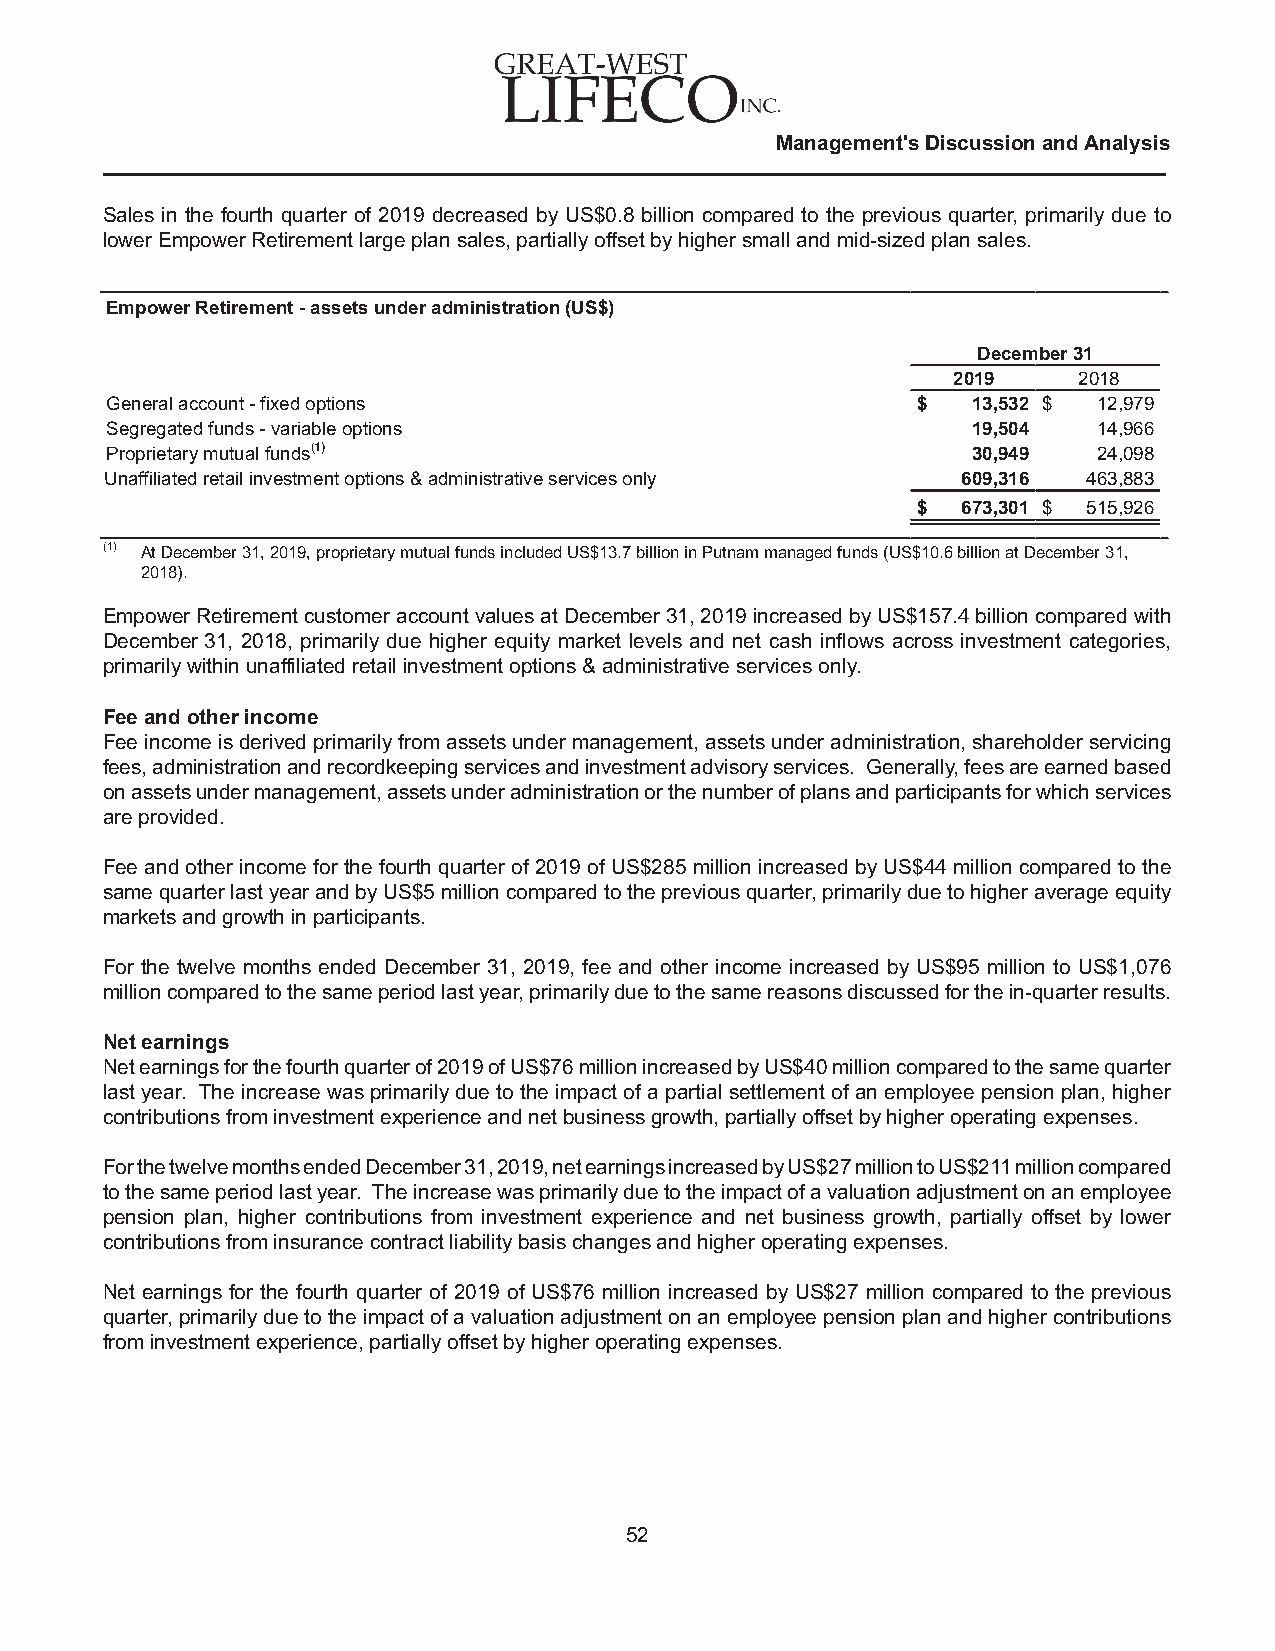
Management's Discussion and Analysis
 Sales in the fourth quarter of 2019 decreased by US$0.8 billion compared to the previous quarter, primarily due to
 lower Empower Retirement large plan sales, partially offset by higher small and mid-sized plan sales.
 Empower Retirement - assets under administration (US$)
 December 31
 2019    2018
 General account - fixed options                       $  13,532 $ 12,979
 Segregated funds - variable options                      19,504   14,966
 Proprietary mutual funds(1)                              30,949   24,098
 Unaffiliated retail investment options & administrative services only 609,316 463,883
 $  673,301 $ 515,926
 (1) At December 31, 2019, proprietary mutual funds included US$13.7 billion in Putnam managed funds (US$10.6 billion at December 31,
 2018).
 Empower Retirement customer account values at December 31, 2019 increased by US$157.4 billion compared with
 December 31, 2018, primarily due higher equity market levels and net cash inflows across investment categories,
 primarily within unaffiliated retail investment options & administrative services only.
 Fee and other income
 Fee income is derived primarily from assets under management, assets under administration, shareholder servicing
 fees, administration and recordkeeping services and investment advisory services. Generally, fees are earned based
 on assets under management, assets under administration or the number of plans and participants for which services
 are provided.
 Fee and other income for the fourth quarter of 2019 of US$285 million increased by US$44 million compared to the
 same quarter last year and by US$5 million compared to the previous quarter, primarily due to higher average equity
 markets and growth in participants.
 For the twelve months ended December 31, 2019, fee and other income increased by US$95 million to US$1,076
 million compared to the same period last year, primarily due to the same reasons discussed for the in-quarter results.
 Net earnings
 Net earnings for the fourth quarter of 2019 of US$76 million increased by US$40 million compared to the same quarter
 last year. The increase was primarily due to the impact of a partial settlement of an employee pension plan, higher
 contributions from investment experience and net business growth, partially offset by higher operating expenses.
 For the twelve months ended December 31, 2019, net earnings increased by US$27 million to US$211 million compared
 to the same period last year. The increase was primarily due to the impact of a valuation adjustment on an employee
 pension plan, higher contributions from investment experience and net business growth, partially offset by lower
 contributions from insurance contract liability basis changes and higher operating expenses.
 Net earnings for the fourth quarter of 2019 of US$76 million increased by US$27 million compared to the previous
 quarter, primarily due to the impact of a valuation adjustment on an employee pension plan and higher contributions
 from investment experience, partially offset by higher operating expenses.
 52